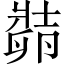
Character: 𱑛